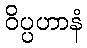
ဝိပ္ပဟာနံ